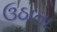
ઉઠાતા